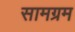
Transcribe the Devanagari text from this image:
सामग्रम